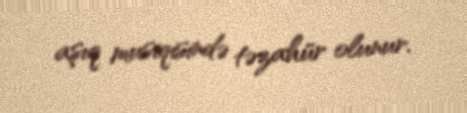
aşıq musiqisində təzahür olunur.